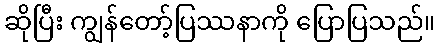
ဆိုပြီး ကျွန်တော့်ပြဿနာကို ပြောပြသည်။